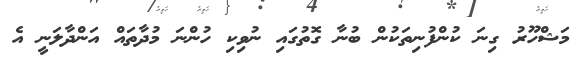
މަޝްހޫރު ގިނަ ކުންފުނިތަކުން ބުނާ ގޮތުގައި ނުވިކި ހުންނަ މުދާތައް އަންދާލަނީ އެ